65_HS1-834228961_62-HQ-83894_Section_9
Agency: FBI
Page 284
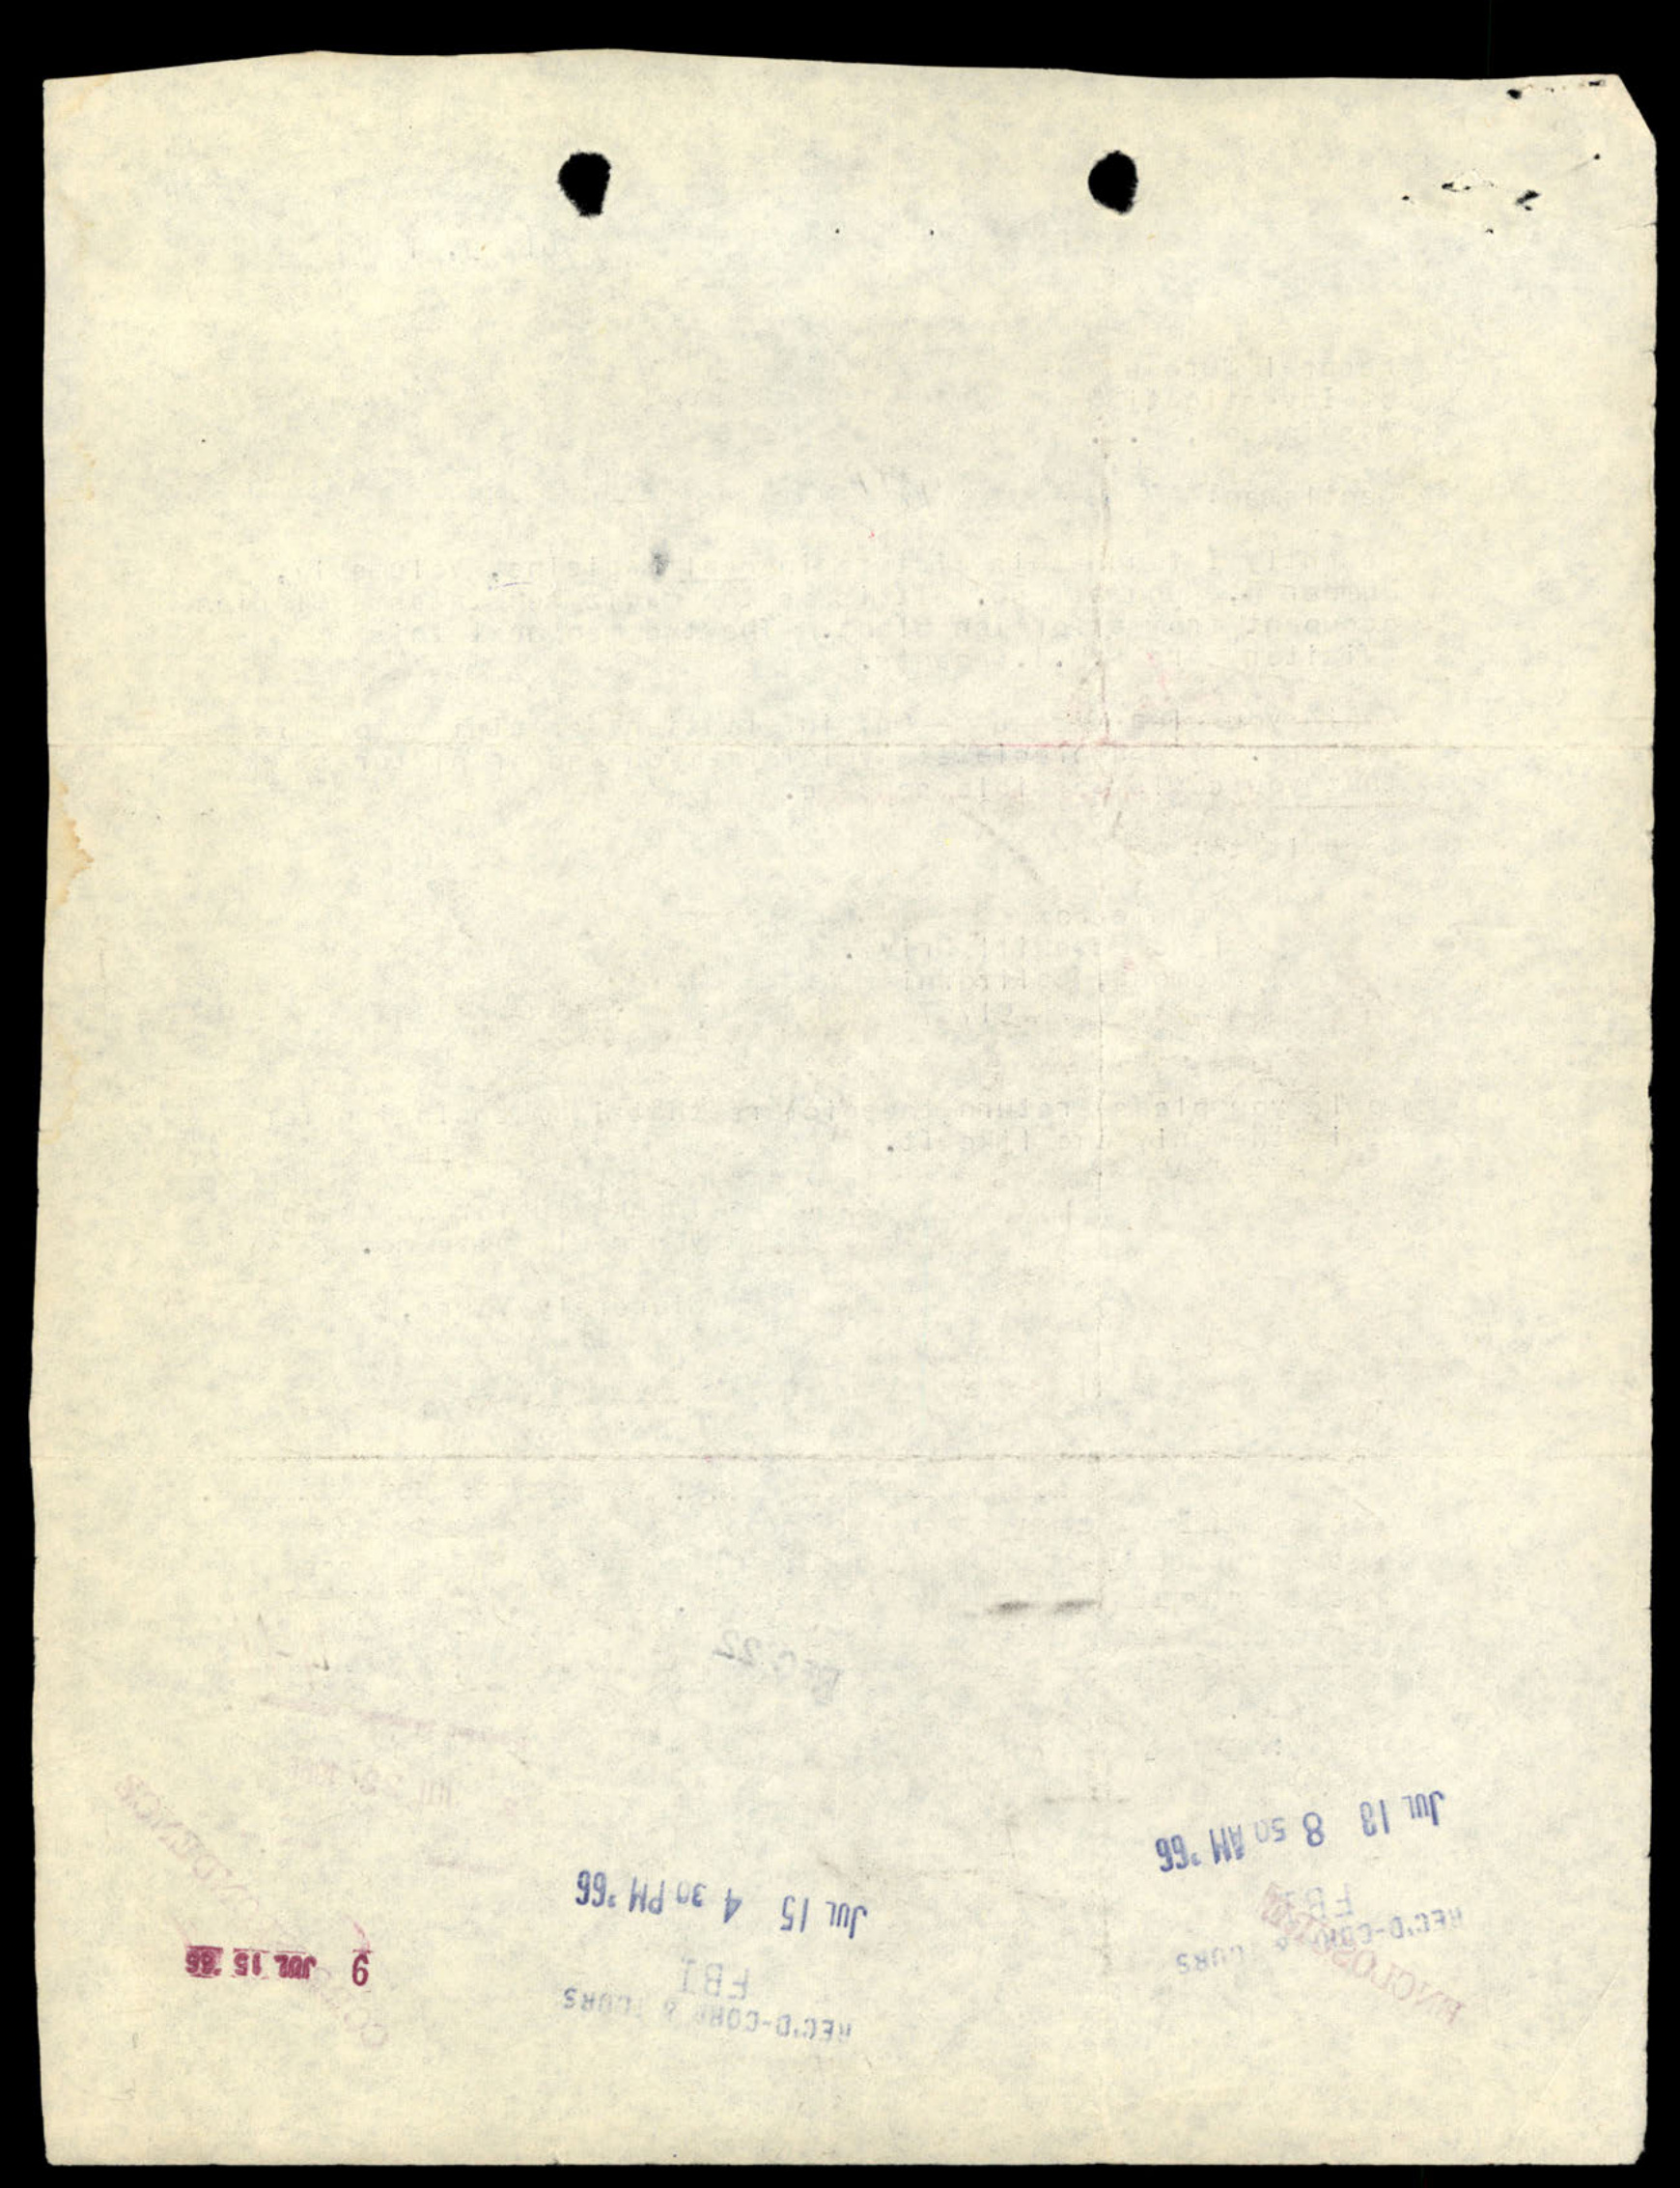